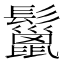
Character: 鬣